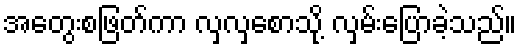
အတွေးစဖြတ်ကာ လှလှစောသို့ လှမ်းပြောခဲ့သည်။